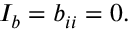
I _ { b } = b _ { i i } = 0 .